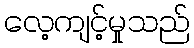
လေ့ကျင့်မှုသည်